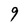
Character: 9